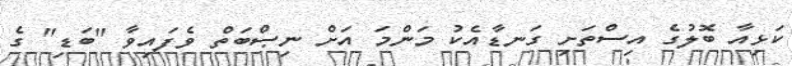
ކަޅިއާ ބޮލުގެ އިސްތަށި ގަނޑާއެކު މަންމަ އަށް ނިޞްބަތް ވެފައިވާ "ބަޑި" ގެ